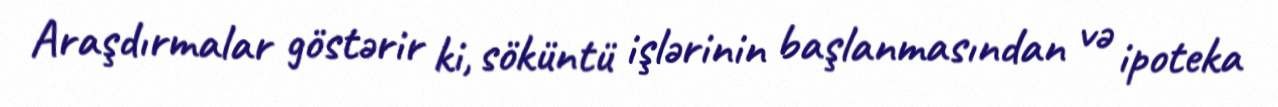
Araşdırmalar göstərir ki, söküntü işlərinin başlanmasından və ipoteka